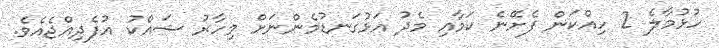
ހުޅުމާލެ 2 ހިއްކަން ފެށޭނެ ކަމާއި މެދު އަޅުގަނޑުމެންނަށް މިހާރު ޝައްކު އުފެދިއްޖެއެވެ.